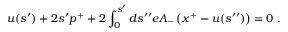
u ( s ^ { \prime } ) + 2 s ^ { \prime } p ^ { + } + 2 \int _ { 0 } ^ { s ^ { \prime } } d s ^ { \prime \prime } e A _ { - } \left( x ^ { + } - u ( s ^ { \prime \prime } ) \right) = 0 \; .